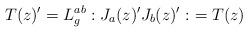
LaTeX: \begin{align*}T(z)' = L_g^{ab} : J_a (z)' J_b (z)' : \ = T(z)\end{align*}